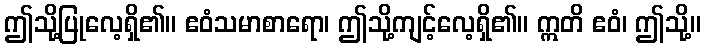
ဤသို့ပြုလေ့ရှိ၏။ ဧဝံသမာစာရော၊ ဤသို့ကျင့်လေ့ရှိ၏။ ဣတိ ဧဝံ၊ ဤသို့။